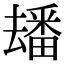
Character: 𤳗